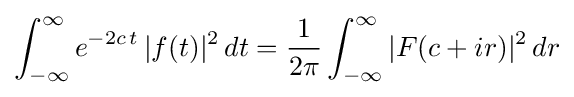
\int _{-\infty }^{\infty }e^{-2c\,t}\,|f(t)|^{2}\,dt={\frac {1}{2\pi }}\int _{-\infty }^{\infty }|F(c+ir)|^{2}\,dr